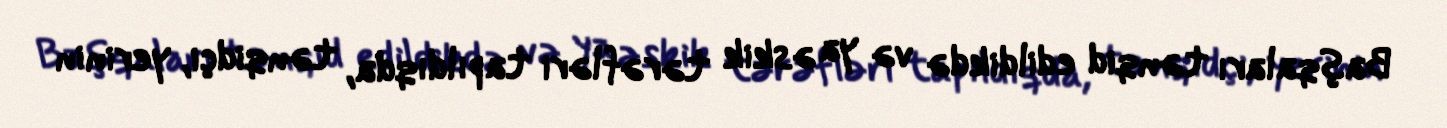
Başqaları tənqid edildikdə və ya əskik tərəfləri tapıldıqda, tənqidçi, yerinin